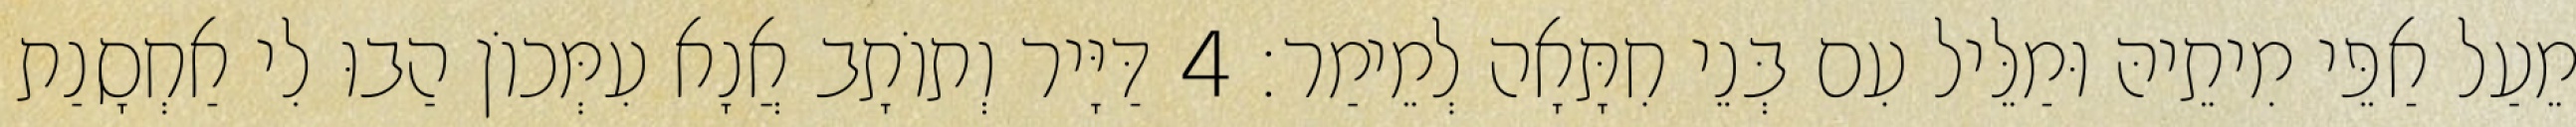
מֵעַל אַפֵּי מִיתֵיהּ וּמַלֵּיל עִם בְּנֵי חִתָּאָה לְמֵימַר׃ 4 דַּיָּיר וְתוֹתָב אֲנָא עִמְּכוֹן הַבוּ לִי אַחְסָנַת